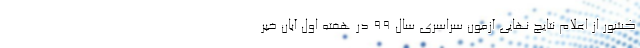
کشور از اعلام نتایج نهایی آزمون سراسری سال ۹۹ در هفته اول آبان خبر